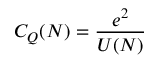
C _ { Q } ( N ) = { \frac { e ^ { 2 } } { U ( N ) } }